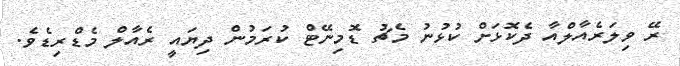
ރޭ ވިލަރެއާލްއާ ދެކޮޅަށް ކުޅުނު މެޗު ޑޮމިނޭޓް ކުރަމުން ދިޔައީ ރެއާލް މެޑްރިޑެވެ.